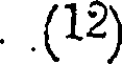
. (12)